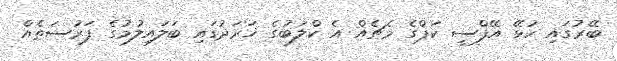
ބޭރުގައި ކުޅޭ އޭފްސީ ކަޕްގެ މެޗެެއް އެ ކްލަބުގެ ޚަރަދުގައި ބަލައިލުމުގެ ފަރުސަތެއް